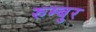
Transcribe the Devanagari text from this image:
रुम्बुर